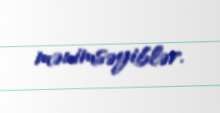
mənimsəyiblər.